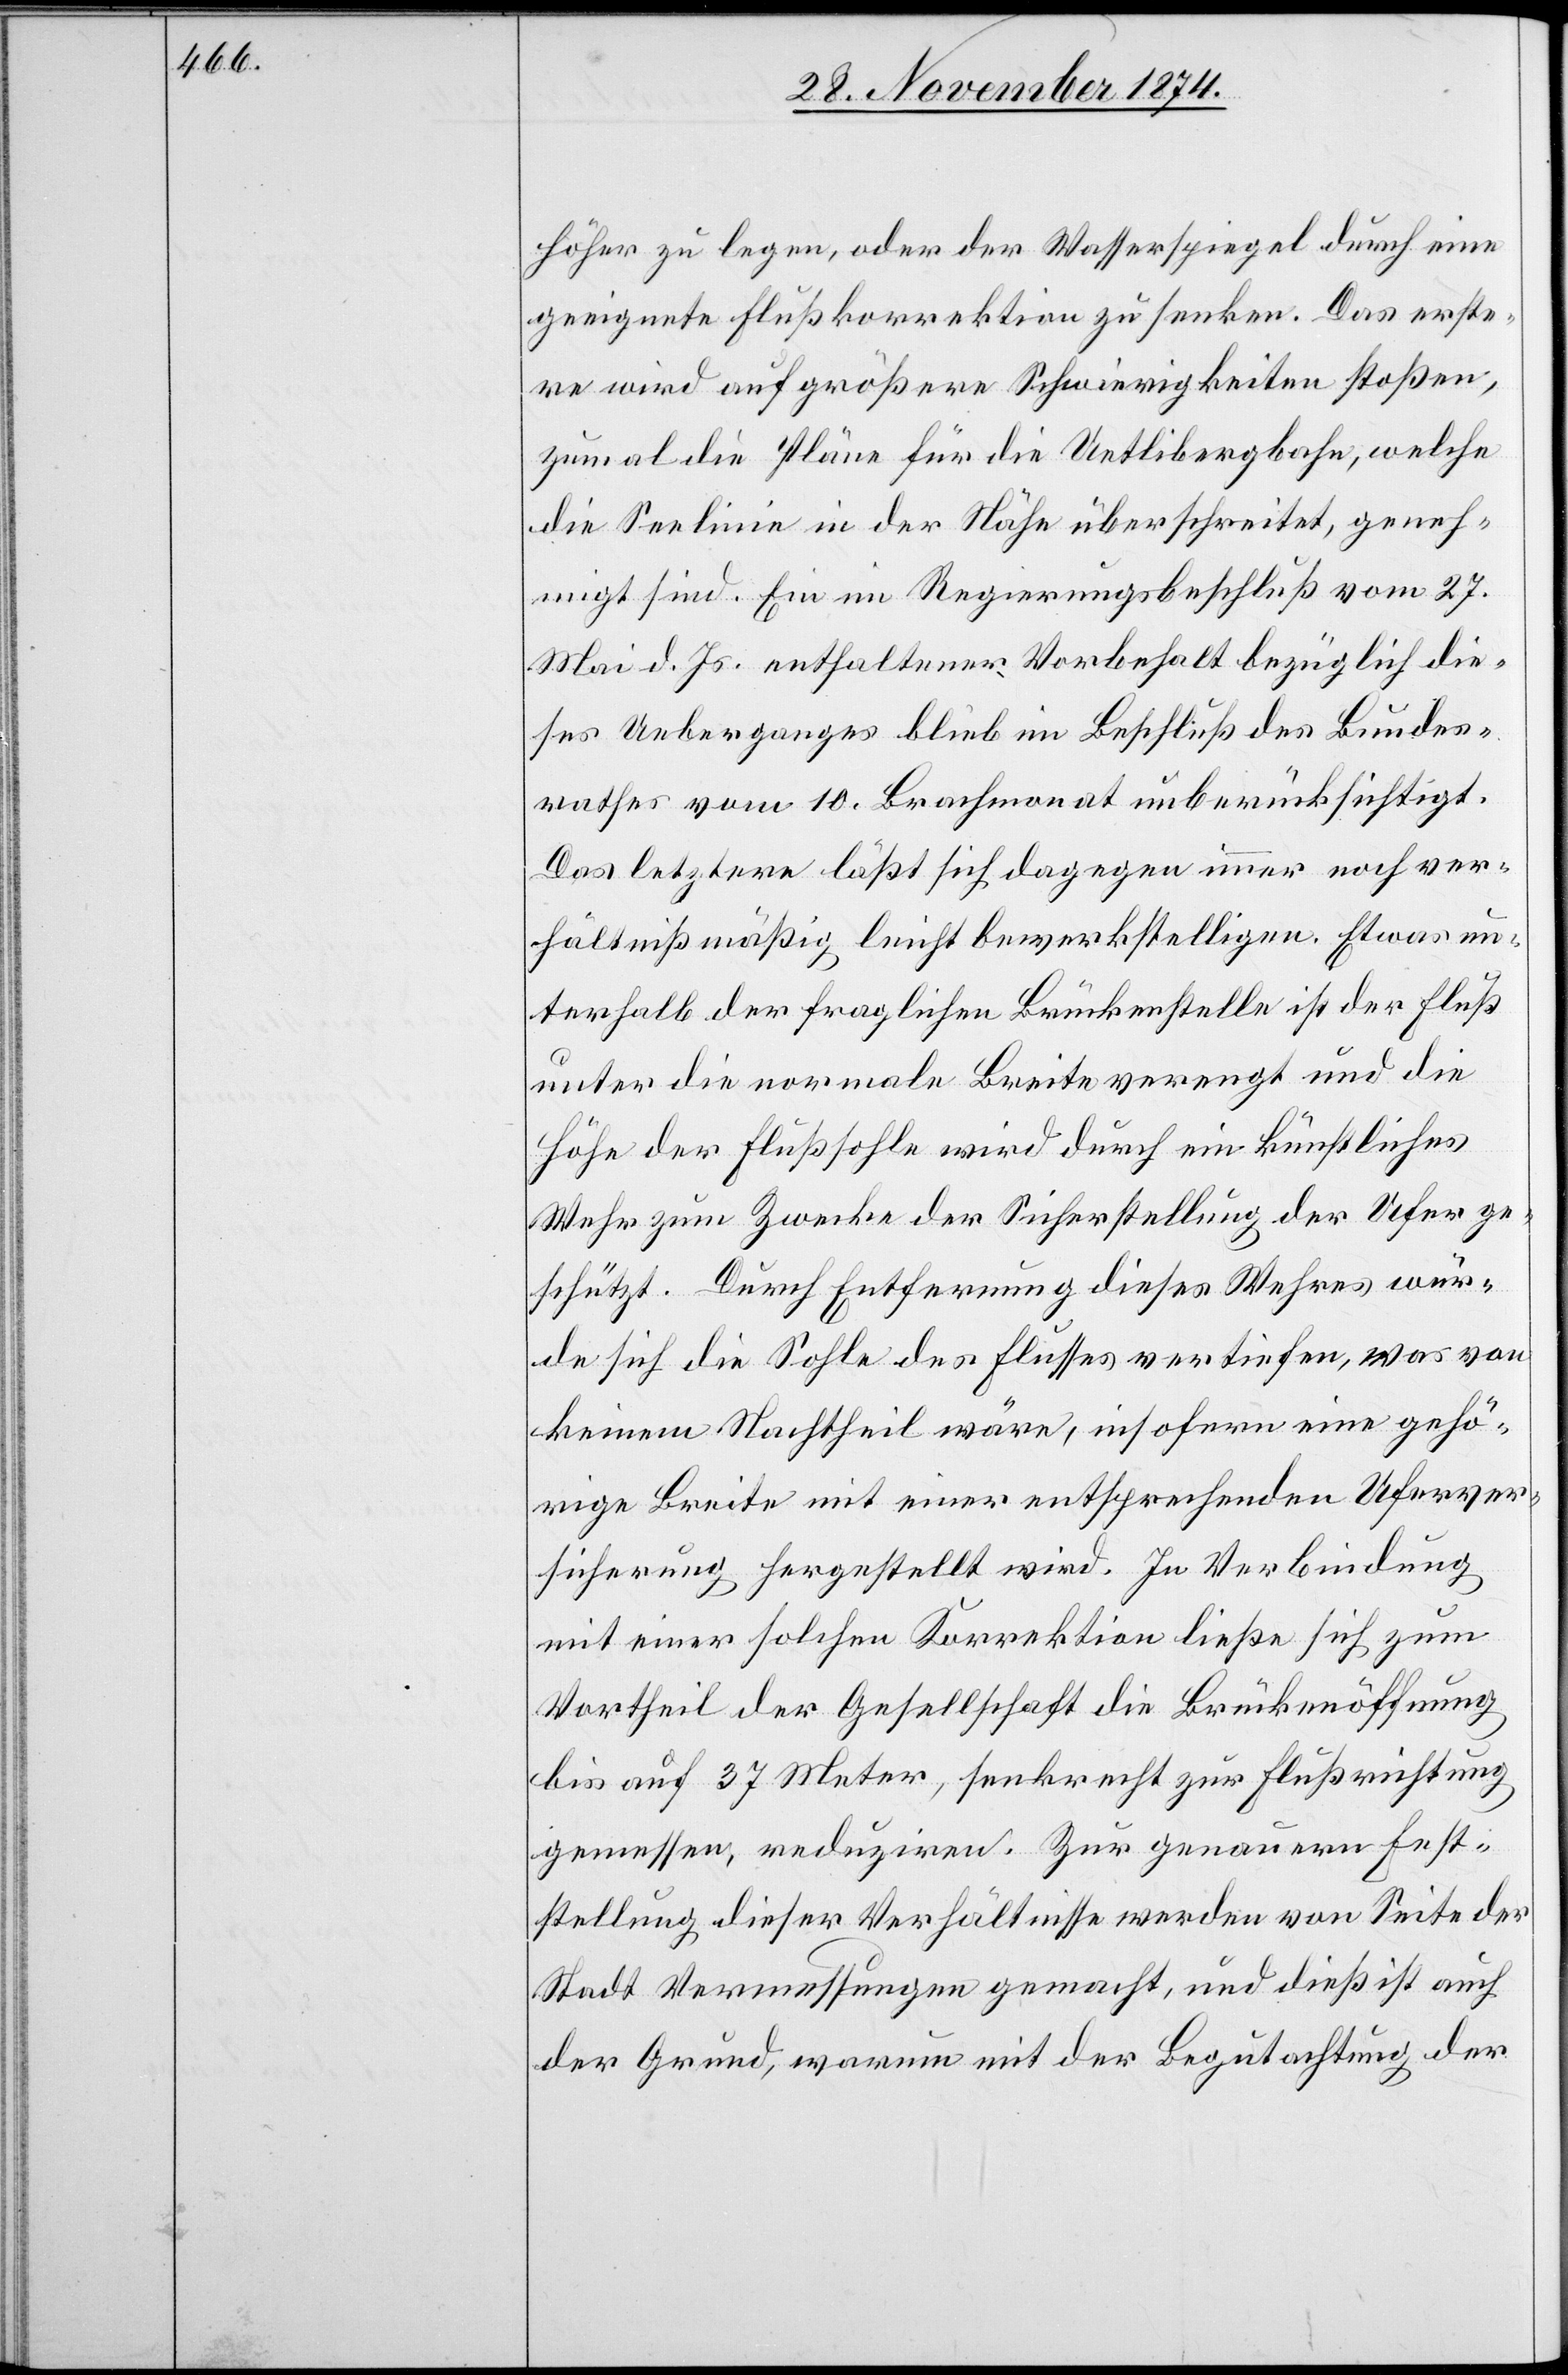
höher zu legen, oder der Wasserspiegel durch eine
geeignete Flußkorrektion zu senken. Das erste¬
re wird auf größere Schwierigkeiten stoßen,
zumal die Pläne für die Uetlibergbahn, welche
die Seelinie in der Nähe überschreitet, geneh¬
migt sind. Ein im Regierungsbeschluß vom 27.
Mai d. Js. enthaltener Vorbehalt bezüglich die¬
ses Ueberganges blieb im Beschluß des Bundes¬
rathes vom 10. Brachmonat unberücksichtigt.
Das letztere läßt sich dagegen immer noch ver¬
hältnißmäßig leicht bewerkstelligen. Ewas un¬
terhalb der fraglichen Brückenstelle ist der Fluß
unter die normale Breite verengt und die
Höhe der Flußsohle wird durch ein künstliches
Wehr zum Zwecke der Sicherstellung der Ufer ge¬
schützt. Durch Entfernung dieses Wehres wür¬
de sich die Sohle des Flusses vertiefen, was von
keinem Nachtheil wäre, insofern eine gehö¬
rige Breite mit einer entsprechenden Uferver¬
sicherung hergestellt wird. In Verbindung
mit einer solchen Korrektion ließe sich zum
Vortheil der Gesellschaft die Brückenöffnung
bis auf 37 Meter, senkrecht zur Flußrichtung
gemessen, reduziren. Zur genauern Fest¬
stellung dieser Verhältnisse werden von Seite der
Stadt Vermessungen gemacht, und dieß ist auch
der Grund, warum mit der Begutachtung der